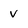
Character: V